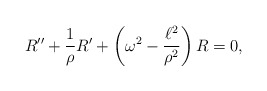
\begin{align*}R'' + \frac{1}{\rho} R' + \left( \omega^2 - \frac{\ell^2}{\rho^2} \right) R = 0,\end{align*}